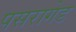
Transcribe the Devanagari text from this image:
पसरागेड